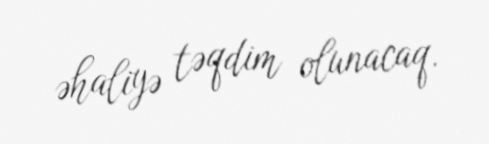
əhaliyə təqdim olunacaq.